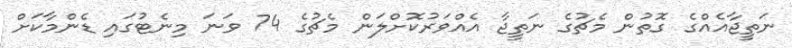
ނަތީޖާއެއްގެ ގޮތުން މެޗުގެ ނަތީޖާ އެއްވަރުކޮށްލަން މެޗުގެ 74 ވަނަ މިނެޓުގައި ޑެންމާކަށް